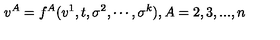
v ^ { A } = f ^ { A } ( v ^ { 1 } , t , \sigma ^ { 2 } , \cdots , \sigma ^ { k } ) , A = 2 , 3 , . . . , n